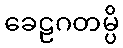
ခေဠဂတမ္ပိ